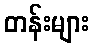
တန်းများ